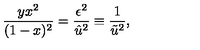
\frac { y x ^ { 2 } } { ( 1 - x ) ^ { 2 } } = \frac { \epsilon ^ { 2 } } { \hat { u } ^ { 2 } } \equiv \frac { 1 } { \tilde { u } ^ { 2 } } ,